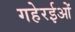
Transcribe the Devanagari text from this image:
गहेरईओं